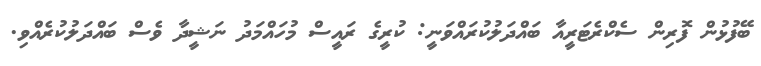
ބޭފުޅުން ފޮރިން ސެކްރެޓަރީއާ ބައްދަލުކުރައްވަނީ: ކުރީގެ ރައީސް މުހައްމަދު ނަޝީދާ ވެސް ބައްދަލުކުރެއްވި.